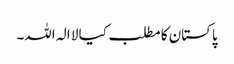
پاکستان کا مطلب کیا لا الہ اللہ۔